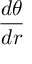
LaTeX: { \frac { d \theta } { d r } }